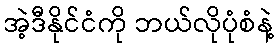
အဲ့ဒီနိုင်ငံကို ဘယ်လိုပုံစံနဲ့